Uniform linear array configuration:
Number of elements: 16
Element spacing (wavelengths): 1
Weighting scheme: kaiser
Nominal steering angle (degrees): -60
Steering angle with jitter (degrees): -58.512
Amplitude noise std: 0.05
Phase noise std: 0.05

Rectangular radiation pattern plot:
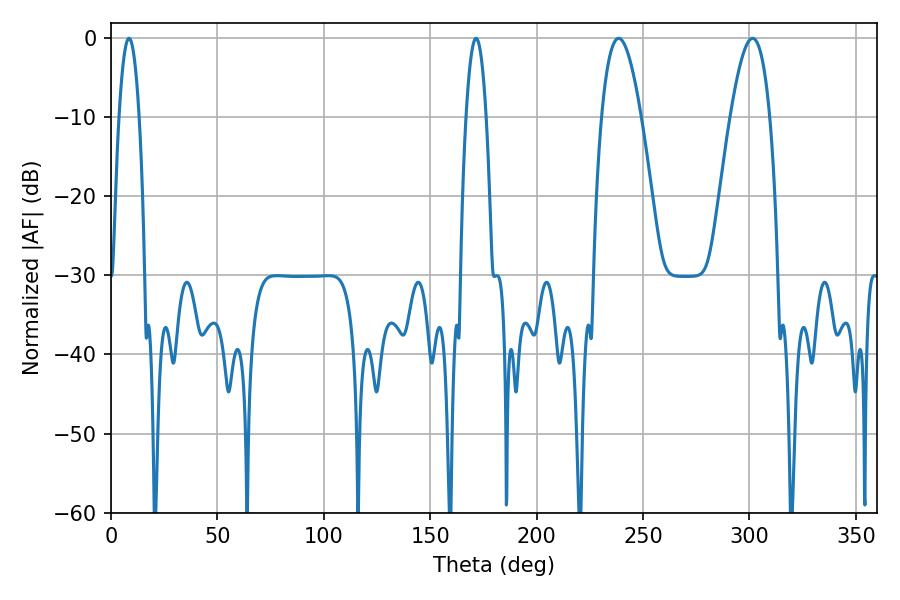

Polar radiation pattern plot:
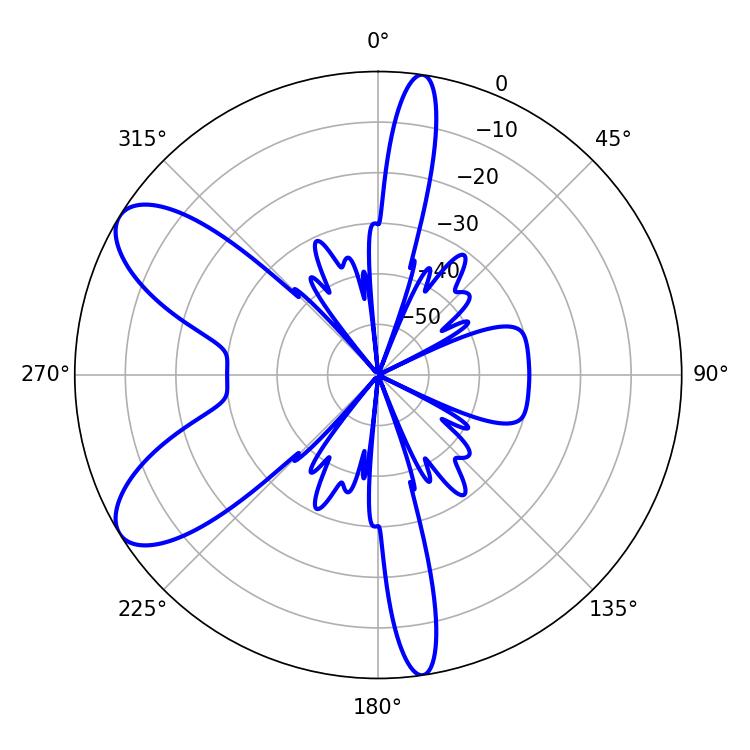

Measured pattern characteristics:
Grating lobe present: TRUE
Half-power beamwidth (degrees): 5.04
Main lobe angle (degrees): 171.54